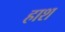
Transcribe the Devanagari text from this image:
हाश